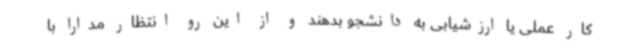
کار عملی یا ارزشیابی به دانشجو بدهند و از این رو انتظار مدارا با